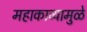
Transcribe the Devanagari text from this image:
महाकाव्यामुळे